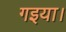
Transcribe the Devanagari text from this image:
गइया।